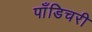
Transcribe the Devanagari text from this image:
पाँडिचरी